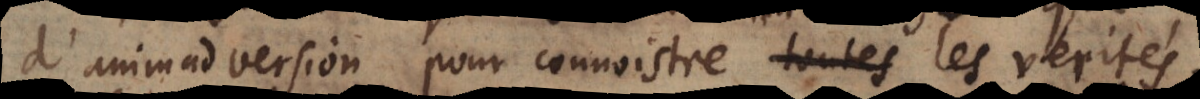
d’animadversion pour connoistre toutes les verités